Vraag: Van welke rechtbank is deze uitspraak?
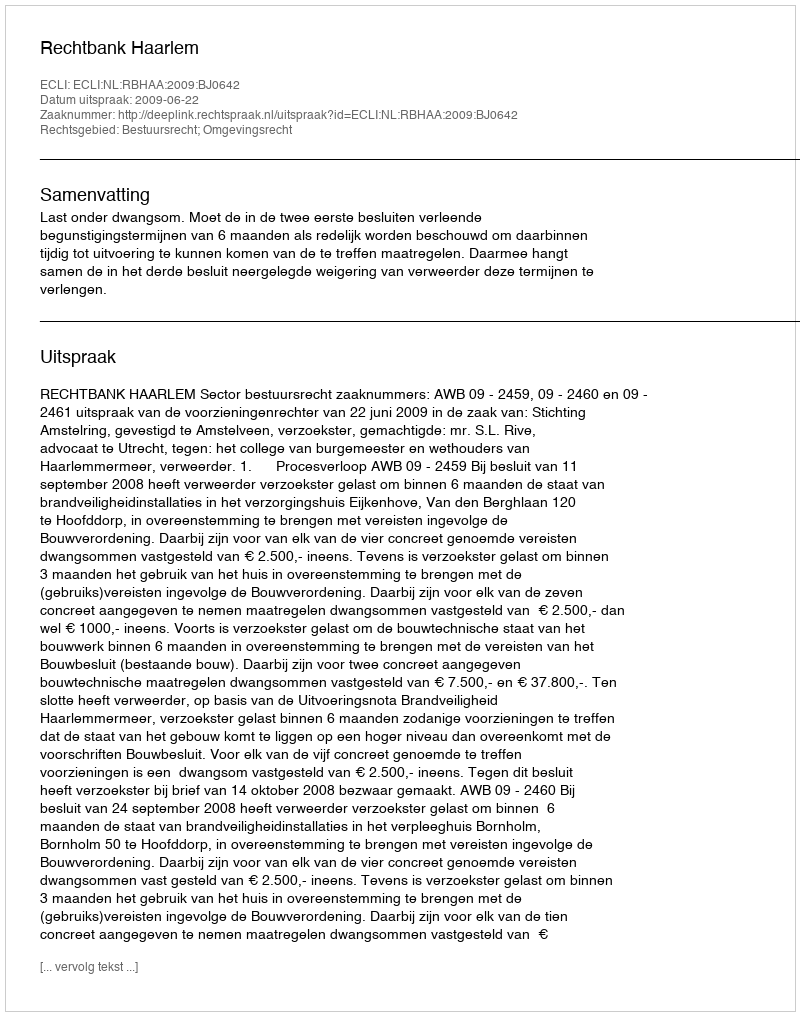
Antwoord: Rechtbank Haarlem